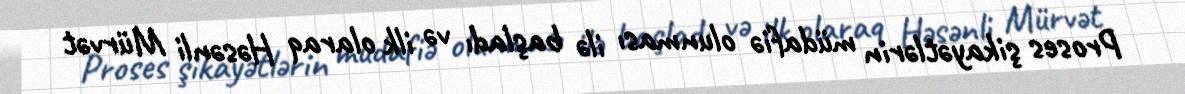
Proses şikayətlərin müdafiə olunması ilə başladı və ilk olaraq Həsənli Mürvət